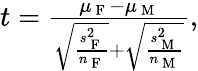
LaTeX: \begin{array}{r}{t=\frac{\mu_{\mathrm{~F~}}-\mu_{\mathrm{~M~}}}{\sqrt{\frac{s_{\mathrm{~F~}}^{2}}{n_{\mathrm{~F~}}}}+\sqrt{\frac{s_{\mathrm{~M~}}^{2}}{n_{\mathrm{~M~}}}}},}\end{array}